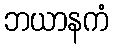
ဘယာနကံ